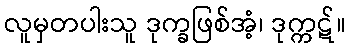
လူမှတပါးသူ ဒုက္ခဖြစ်အံ့၊ ဒုက္ကဋ်။